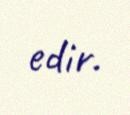
edir.